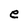
Character: e